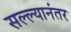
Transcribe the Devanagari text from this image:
सल्ल्यानंतर